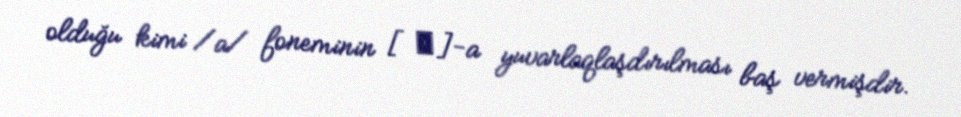
olduğu kimi /a/ foneminin [ɒ]-a yuvarlaqlaşdırılması baş vermişdir.